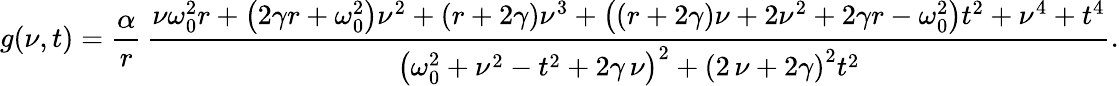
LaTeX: g(\nu,t)=\frac{\alpha}{r}\, \frac{\nu\omega_{0}^{2}r+\left(2\gamma r+\omega_{0}^{2}\right)\nu^{2}+\left(r+2\gamma\right)\nu^{3}+\left(\left(r+2\gamma\right)\nu+2\nu^{2}+2\gamma r-\omega_{0}^{2}\right)t^{2}+\nu^{4}+t^{4}}{\left(\omega_{0}^{2}+\nu^{2}-t^{2}+2\gamma\, \nu\right)^{2}+\left(2\, \nu+2\gamma\right)^{2}t^{2}}.